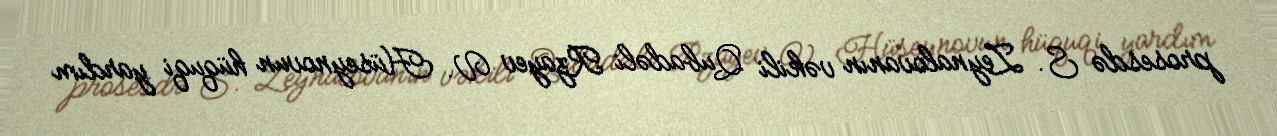
prosesdə S. Zeynalovanın vəkili Qubadəli Rzayev V. Hüseynovun hüquqi yardım